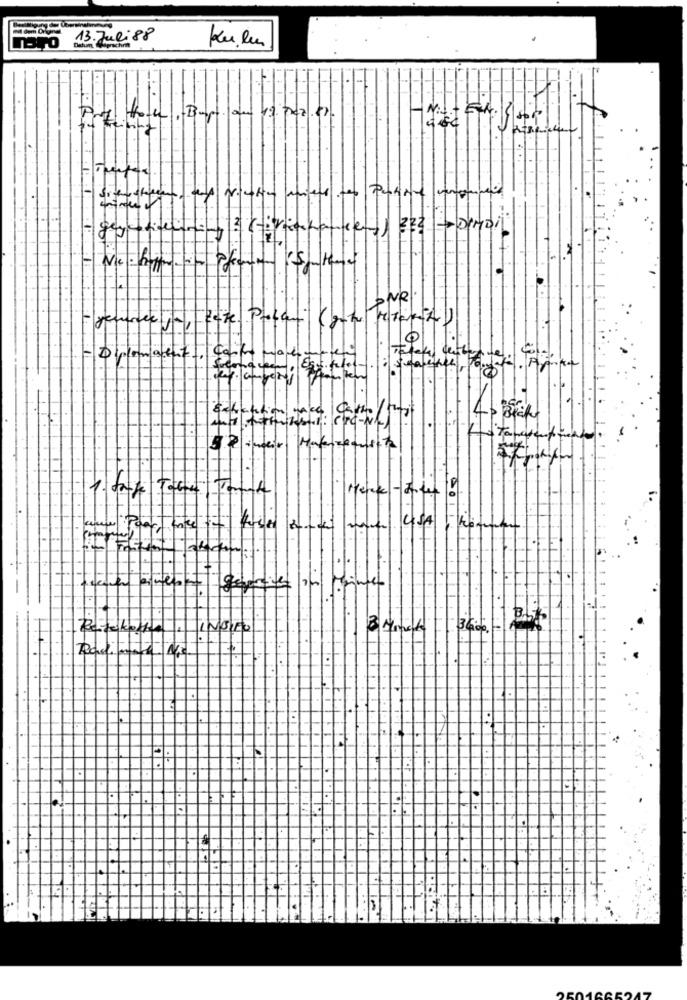
13. Juli 88
genteune 2 (irelande) 222 - 0IMDi
statement:
101
119
:5